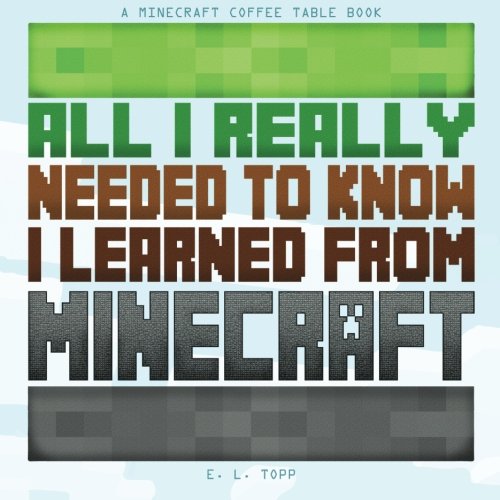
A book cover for All I Really Needed to Know I Learned from Minecraft: A Minecraft Coffee Table Book; Minecraft Library; Children's Books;